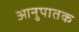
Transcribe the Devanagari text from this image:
आनुपातक